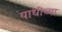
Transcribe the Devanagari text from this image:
याधीच्या